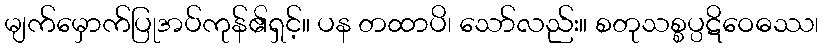
မျက်မှောက်ပြုအပ်ကုန်၏ရှင့်။ ပန တထာပိ၊ သော်လည်း။ စတုသစ္စပ္ပဋိဝေဓဿ၊